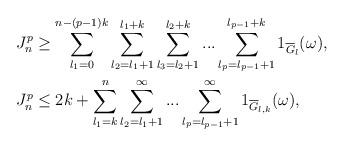
LaTeX: \begin{align*}J_n^{p}&\ge \sum_{l_1=0}^{n-(p-1)k} \sum_{l_2=l_1+1}^{l_1+k}\sum_{l_3=l_2+1}^{l_2+k}...\sum_{l_p=l_{p-1}+1}^{l_{p-1}+k} 1_{\overline{G}_l}(\omega),\\J_n^{p}&\le 2k+\sum_{l_1=k}^{n} \sum_{l_2=l_1+1}^{\infty}...\sum_{l_p=l_{p-1}+1}^{\infty} 1_{\overline{G}_{l,k}}(\omega), \end{align*}